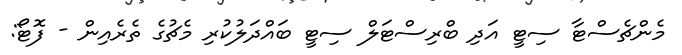
މެންޗެސްޓާ ސިޓީ އަދި ބްރިސްޓަލް ސިޓީ ބައްދަލުކުރި މެޗުގެ ތެރެއިން - ފޮޓޯ: